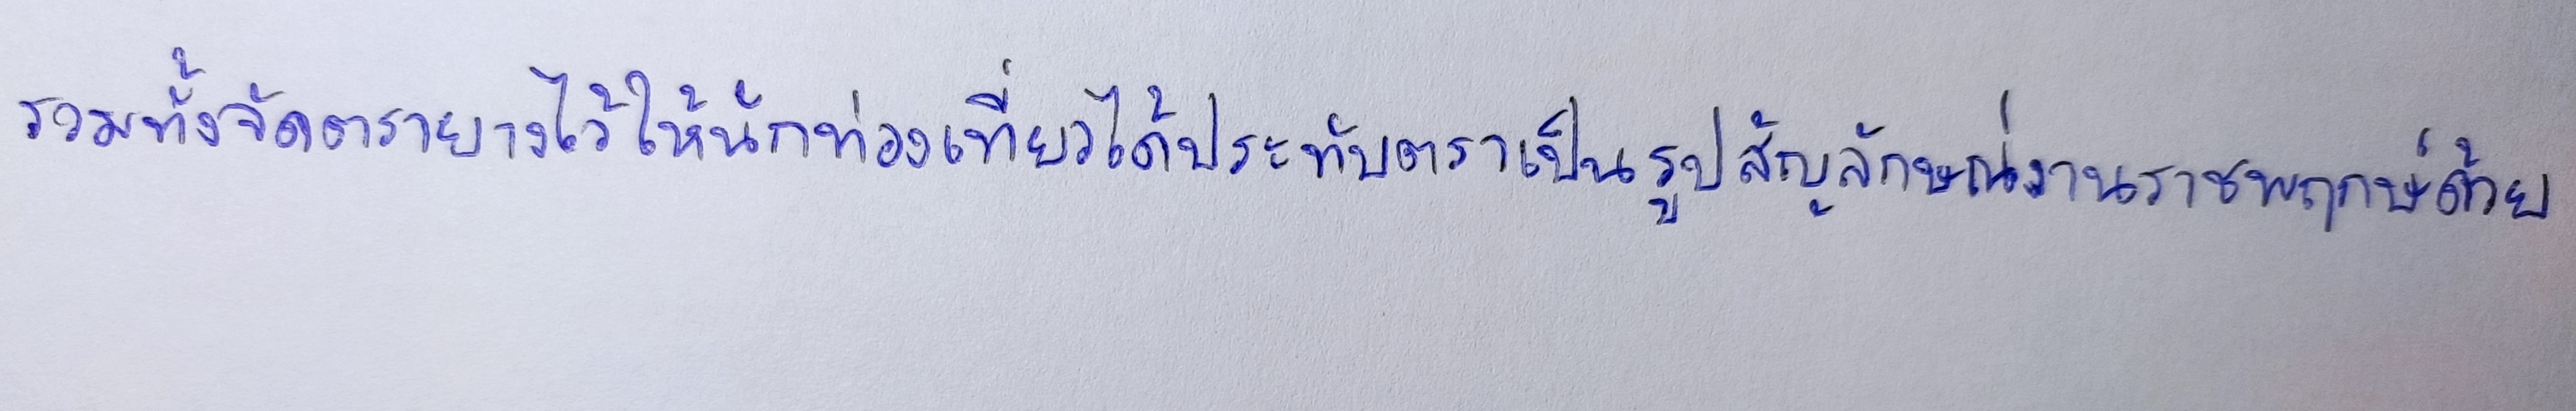
รวมทั้งจัดตรายางไว้ให้นักท่องเที่ยวได้ประทับตราเป็นรูปสัญลักษณ์งานราชพฤกษ์ด้วย